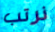
نرتب